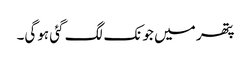
پتھر میں جونک لگ گئی ہوگی۔